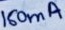
Text: 160mA